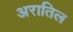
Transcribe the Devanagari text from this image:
अरातिल